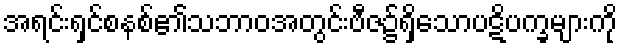
အရင်းရှင်စနစ်၏သဘာဝအတွင်းဗီဇ၌ရှိသောပဋိပက္ခများကို